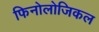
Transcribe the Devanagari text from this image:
फिनोलोजिकल